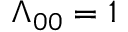
\Lambda _ { 0 0 } = 1